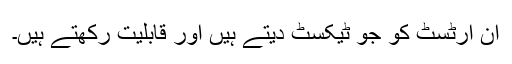
ان آرٹسٹ کو جو ٹیکسٹ دیتے ہیں اور قابلیت رکھتے ہیں۔